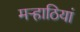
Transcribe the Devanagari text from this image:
मऱ्हाठियां